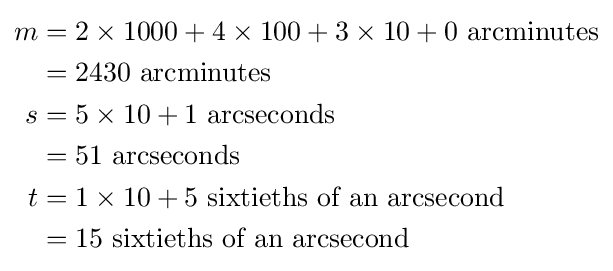
{\begin{aligned}m&=2\times 1000+4\times 100+3\times 10+0{\text{ arcminutes}}\\&=2430{\text{ arcminutes}}\\s&=5\times 10+1{\text{ arcseconds}}\\&=51{\text{ arcseconds}}\\t&=1\times 10+5{\text{ sixtieths of an arcsecond}}\\&=15{\text{ sixtieths of an arcsecond}}\end{aligned}}